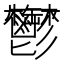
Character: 鬱